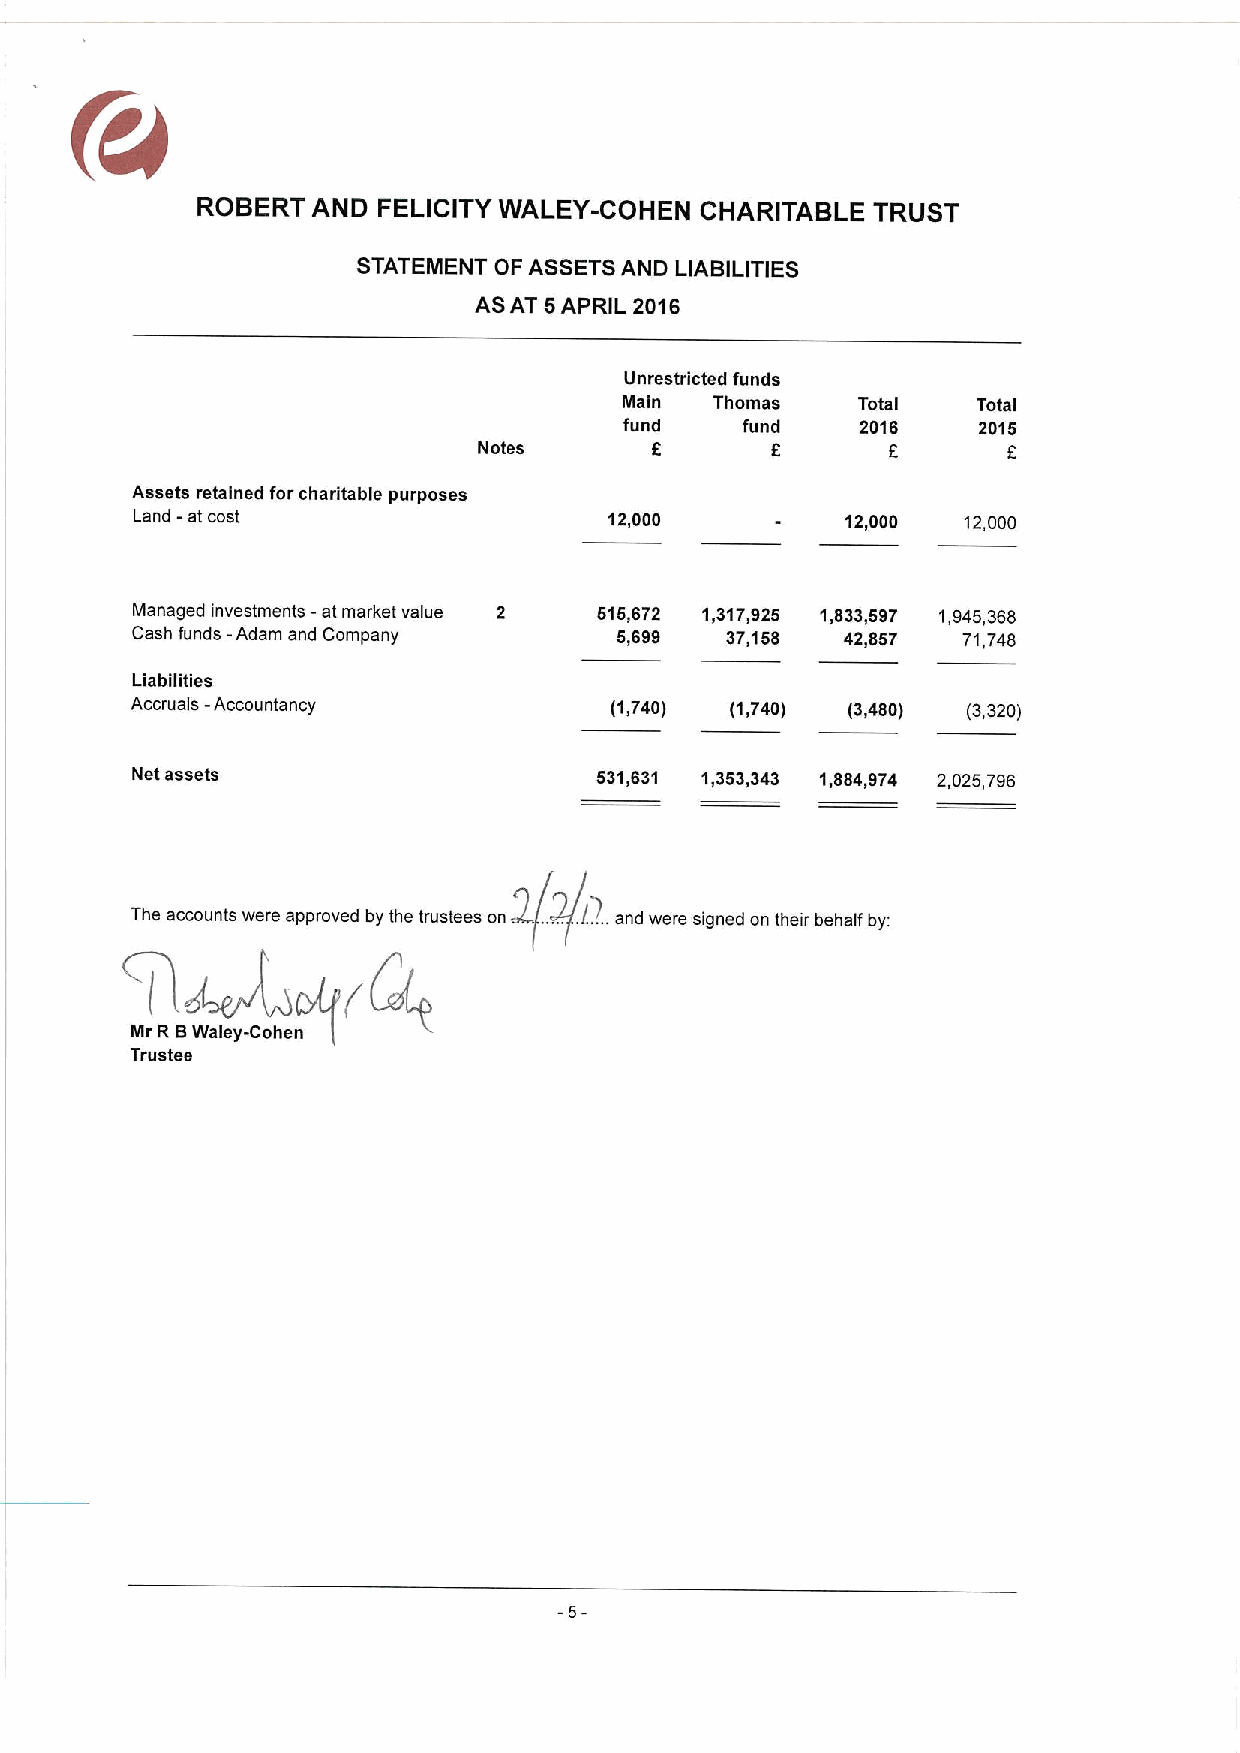
ROBERT  AND FELICITY WALEY-COHEN CHARITABLE  TRUST
 STATEMENT OF ASSETSAND LIABILITIES
 ASAT 5APRIL 2016
 Unrestricted funds
 Main  Thomas    Total   Total
 fund    fund    2016    2015
 Notes      6       6       f       f
 Assets retained forcharitable purposes
 Land -at cost                  12,000          12,000  12,000
 Managed investments -at market value 2 515,672 1,317,925 1,833,597 1,945,368
 Cash funds -Adam and Company    5,699  37,158  42,857  71,748
 Liabilities
 Accruals -Accountancy          (1,740) (1,740) (3,480) (3,320)
 Net assets                    531,631 1,353,343 1,884,974 2,025,796
 The accounts were approved by the trustees on ..... ./?..and were signed on their behalf by:
 Mr R (9Walsy-Cohen
 Trustee